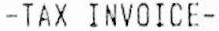
-TAX INVOICE-